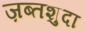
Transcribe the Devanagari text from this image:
ज़ब्तशुदा